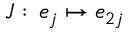
J : \, e _ { j } \mapsto e _ { 2 j }